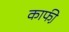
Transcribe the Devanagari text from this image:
काफी़